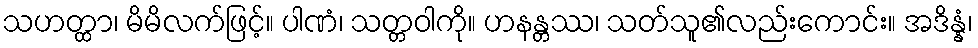
သဟတ္ထာ၊ မိမိလက်ဖြင့်။ ပါဏံ၊ သတ္တဝါကို။ ဟနန္တဿ၊ သတ်သူ၏လည်းကောင်း။ အဒိန္နံ၊